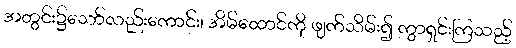
အတွင်း၌သော်လည်းကောင်း၊ အိမ်ထောင်ကို ဖျက်သိမ်း၍ ကွာရှင်းကြသည့်